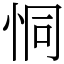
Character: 恫